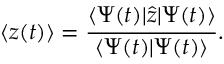
\langle z ( t ) \rangle = \frac { \langle \Psi ( t ) | \hat { z } | \Psi ( t ) \rangle } { \langle \Psi ( t ) | \Psi ( t ) \rangle } .